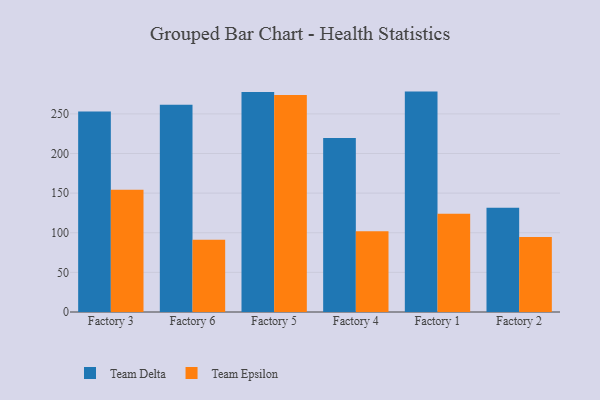
{"axis": {"x": "Factory", "y": "Bounce Rate (%)"}, "legend": ["Team Delta", "Team Epsilon"], "data": [{"x": "Factory 3", "y": 252.9, "type": "Team Delta"}, {"x": "Factory 3", "y": 154.1, "type": "Team Epsilon"}, {"x": "Factory 6", "y": 261.4, "type": "Team Delta"}, {"x": "Factory 6", "y": 91.3, "type": "Team Epsilon"}, {"x": "Factory 5", "y": 277.5, "type": "Team Delta"}, {"x": "Factory 5", "y": 273.7, "type": "Team Epsilon"}, {"x": "Factory 4", "y": 219.7, "type": "Team Delta"}, {"x": "Factory 4", "y": 101.9, "type": "Team Epsilon"}, {"x": "Factory 1", "y": 278.1, "type": "Team Delta"}, {"x": "Factory 1", "y": 124.1, "type": "Team Epsilon"}, {"x": "Factory 2", "y": 131.6, "type": "Team Delta"}, {"x": "Factory 2", "y": 94.6, "type": "Team Epsilon"}]}